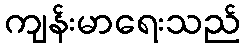
ကျန်းမာရေးသည်